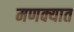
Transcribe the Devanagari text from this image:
मणक्‍यात